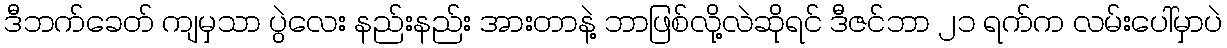
ဒီဘက်ခေတ် ကျမှသာ ပွဲလေး နည်းနည်း အားတာနဲ့ ဘာဖြစ်လို့လဲဆိုရင် ဒီဇင်ဘာ ၂၁ ရက်က လမ်းပေါ်မှာပဲ